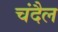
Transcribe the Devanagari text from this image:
चंदैल